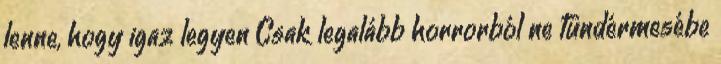
lenne, hogy igaz legyen Csak legalább horrorból ne tündérmesébe